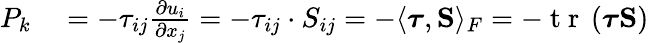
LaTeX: \begin{array}{rl}{P_{k}}&{{}=-\tau_{ij}\frac{\partial u_{i}}{\partial x_{j}}=-\tau_{ij}\cdot S_{ij}=-\langle\boldsymbol{\tau},\mathbf{S}\rangle_{F}=-\mathrm{~t~r~}\left(\boldsymbol{\tau}\mathbf{S}\right)}\end{array}